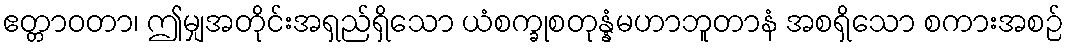
ဧတ္တာဝတာ၊ ဤမျှအတိုင်းအရှည်ရှိသော ယံစက္ခုစတုန္နံမဟာဘူတာနံ အစရှိသော စကားအစဉ်